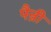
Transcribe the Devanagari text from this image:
पैन्नी